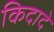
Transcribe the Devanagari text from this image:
किदादे